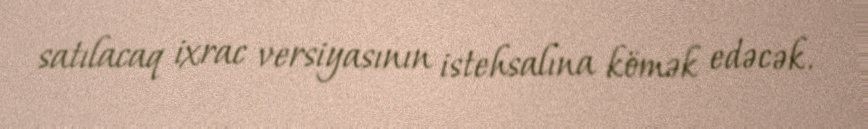
satılacaq ixrac versiyasının istehsalına kömək edəcək.